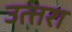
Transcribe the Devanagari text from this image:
उत्‍तरा